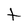
Character: t